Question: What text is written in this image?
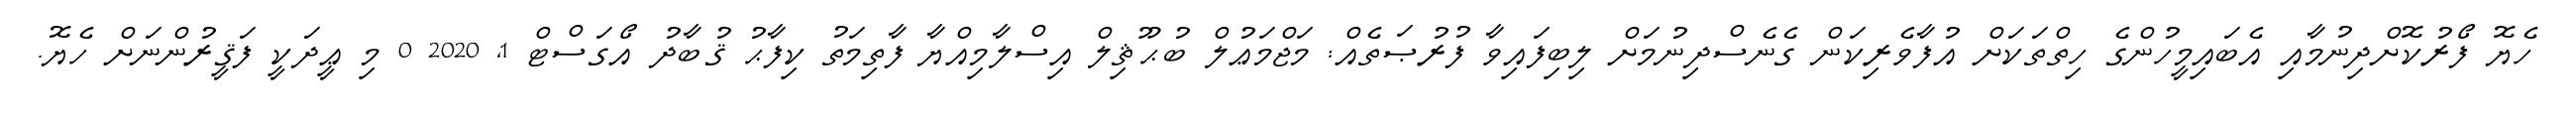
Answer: ހެޔޮ ފޯރުކޮށްދިނުމާއި އެބައިމީހުންގެ ހިތްތަކަށް އުފާވެރިކަން ގެނެސްދިނުމަށް ލިބިފައިވާ ފުރުޞަތެއް: މަޖްމަޢުލް ބުޙޫޘިލް އިސްލާމިއްޔާ ފާތިމަތު ކިފާޙު ޤުބާދު އޯގަސްޓް 1, 2020 0 މި ޢީދަކީ ފަޤީރުންނަށް ހެޔޮ.